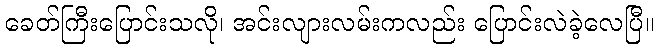
ခေတ်ကြီးပြောင်းသလို၊ အင်းလျားလမ်းကလည်း ပြောင်းလဲခဲ့လေပြီ။